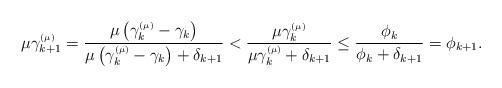
LaTeX: \begin{align*}\mu\gamma_{k+1}^{{\scriptscriptstyle (\mu)}}=\frac{\mu\left(\gamma_{k}^{{\scriptscriptstyle (\mu)}}-\gamma_{k}\right)}{\mu\left(\gamma_{k}^{{\scriptscriptstyle (\mu)}}-\gamma_{k}\right)+\delta_{k+1}}<\frac{\mu\gamma_{k}^{{\scriptscriptstyle (\mu)}}}{\mu\gamma_{k}^{{\scriptscriptstyle (\mu)}}+\delta_{k+1}}\leq\frac{\phi_{k}}{\phi_{k}+\delta_{k+1}}=\phi_{k+1}.\end{align*}